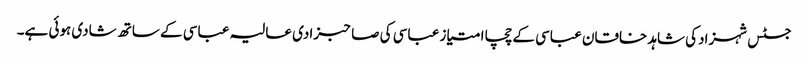
جسٹس شہزادکی شاہد خاقان عباسی کے چچا امتیاز عباسی کی صاحبزادی عالیہ عباسی کے ساتھ شادی ہوئی ہے۔